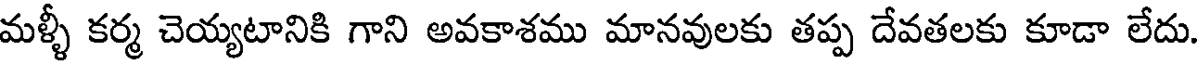
మళ్ళీ కర్మ చెయ్యటానికి గాని అవకాశము మానవులకు తప్ప దేవతలకు కూడా లేదు